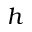
h